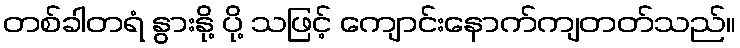
တစ်ခါတရံ နွားနို့ ပို့ သဖြင့် ကျောင်းနောက်ကျတတ်သည်။